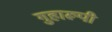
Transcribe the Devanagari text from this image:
गुहारूपी